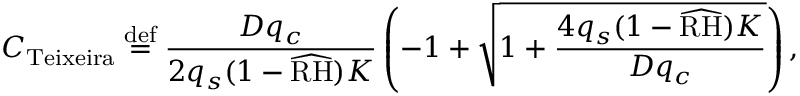
{ \cal C } _ { \mathrm { T e i x e i r a } } \stackrel { \mathrm { d e f } } { = } \frac { D q _ { c } } { 2 q _ { s } ( 1 - \widehat { \mathrm { R H } } ) K } \left( - 1 + \sqrt { 1 + \frac { 4 q _ { s } ( 1 - \widehat { \mathrm { R H } } ) K } { D q _ { c } } } \right) ,